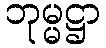
ဘုမ္မဋ္ဌာ